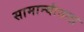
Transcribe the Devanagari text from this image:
सामान्यांतला